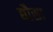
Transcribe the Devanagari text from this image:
द्यौसा